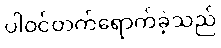
ပါဝင်တက်ရောက်ခဲ့သည်